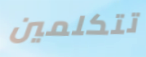
تتكلمين